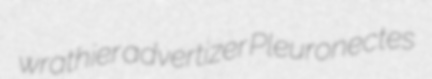
wrathier advertizer Pleuronectes